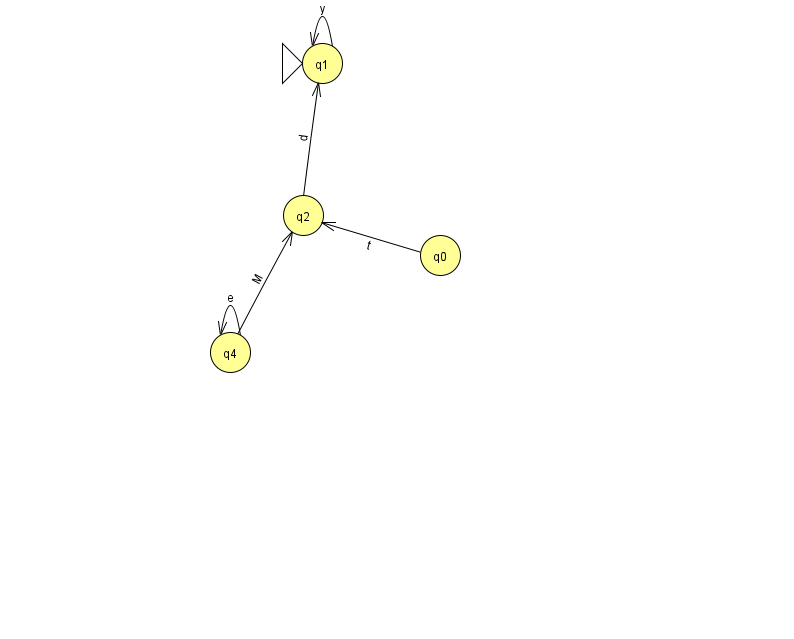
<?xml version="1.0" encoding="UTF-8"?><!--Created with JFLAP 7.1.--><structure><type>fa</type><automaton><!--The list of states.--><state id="0" name="q0"><x>440.0</x><y>242.0</y></state><state id="1" name="q1"><x>322.0</x><y>50.0</y><initial/></state><state id="2" name="q2"><x>303.0</x><y>202.0</y></state><state id="4" name="q4"><x>230.0</x><y>339.0</y></state><!--The list of transitions.--><transition><from>2</from><to>1</to><read>d</read></transition><transition><from>4</from><to>4</to><read>e</read></transition><transition><from>0</from><to>2</to><read>t</read></transition><transition><from>1</from><to>1</to><read>y</read></transition><transition><from>4</from><to>2</to><read>M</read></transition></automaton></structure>